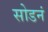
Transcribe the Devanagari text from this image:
सोडनं